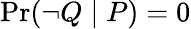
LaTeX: \operatorname*{Pr}(\lnot Q\mid P)=0